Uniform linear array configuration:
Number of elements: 32
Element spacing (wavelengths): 0.25
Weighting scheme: uniform
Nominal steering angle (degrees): -15
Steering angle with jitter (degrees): -14.797
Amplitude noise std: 0.05
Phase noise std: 0.05

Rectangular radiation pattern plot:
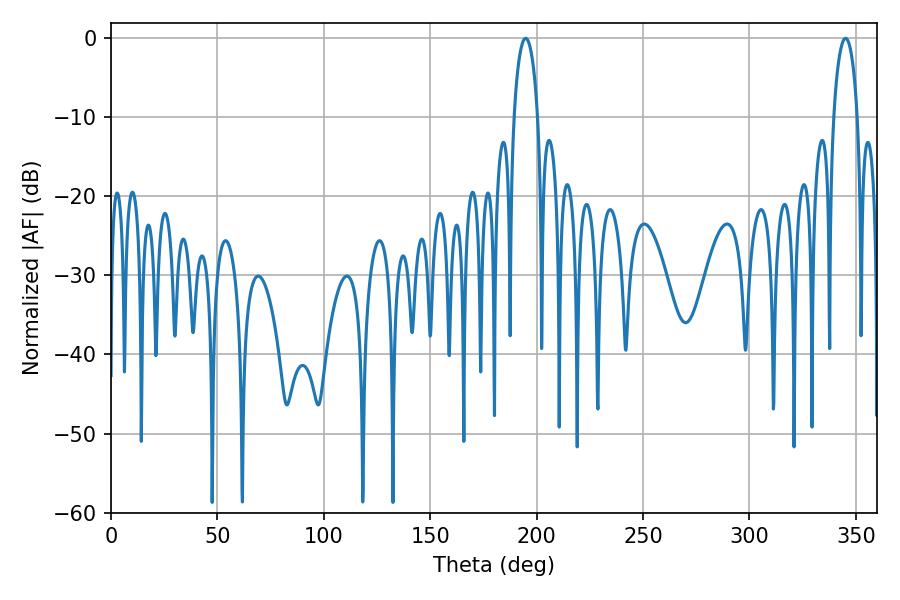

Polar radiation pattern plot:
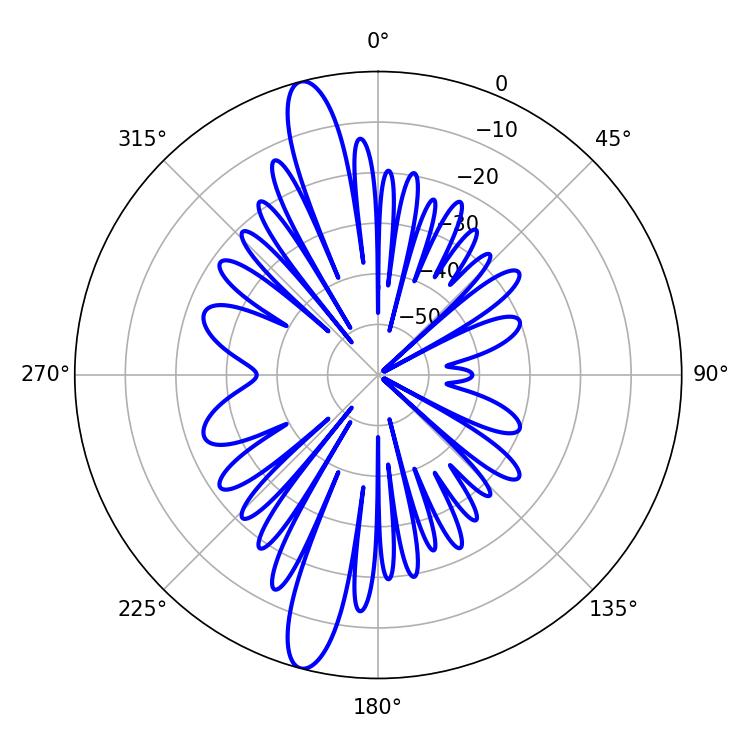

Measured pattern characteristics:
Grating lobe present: FALSE
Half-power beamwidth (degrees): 6.3
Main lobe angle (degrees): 194.76